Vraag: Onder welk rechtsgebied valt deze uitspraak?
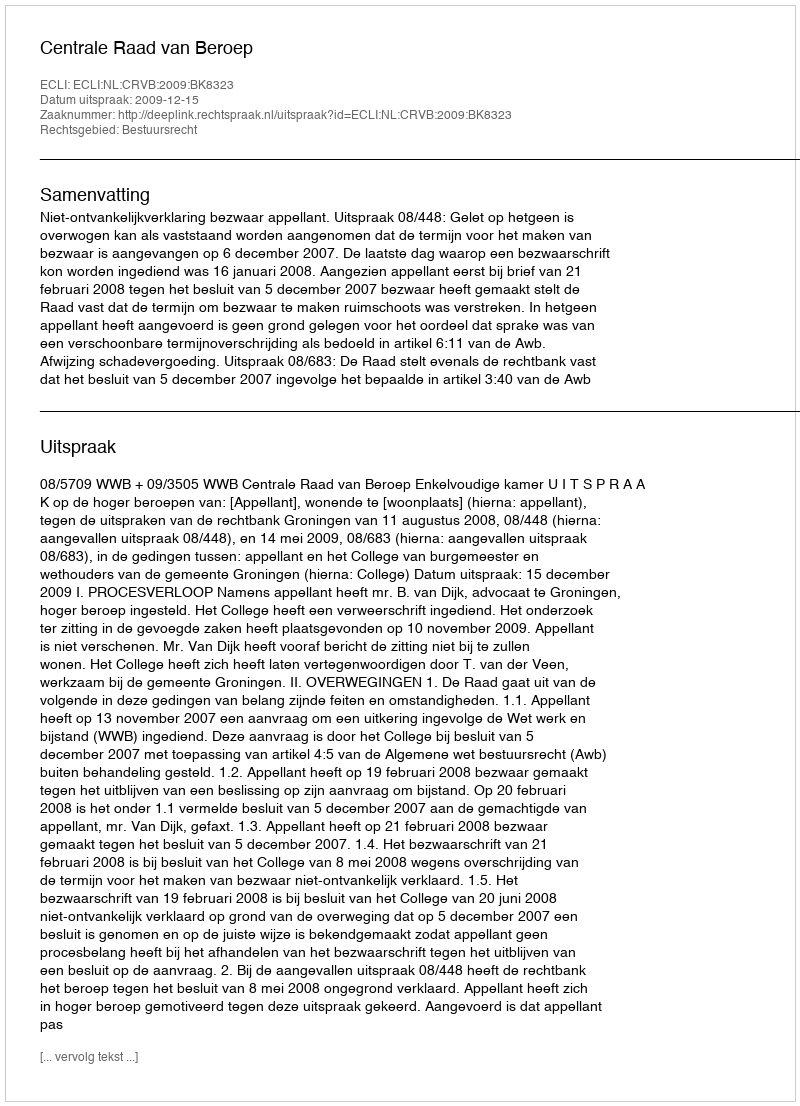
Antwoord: Bestuursrecht